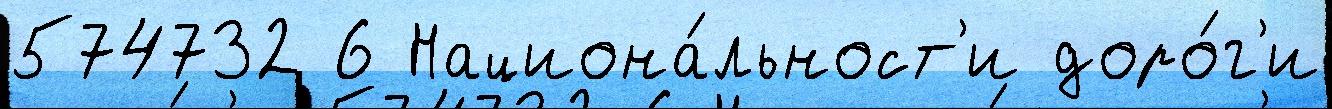
574732 6 Национа́льност'и доро́г'и